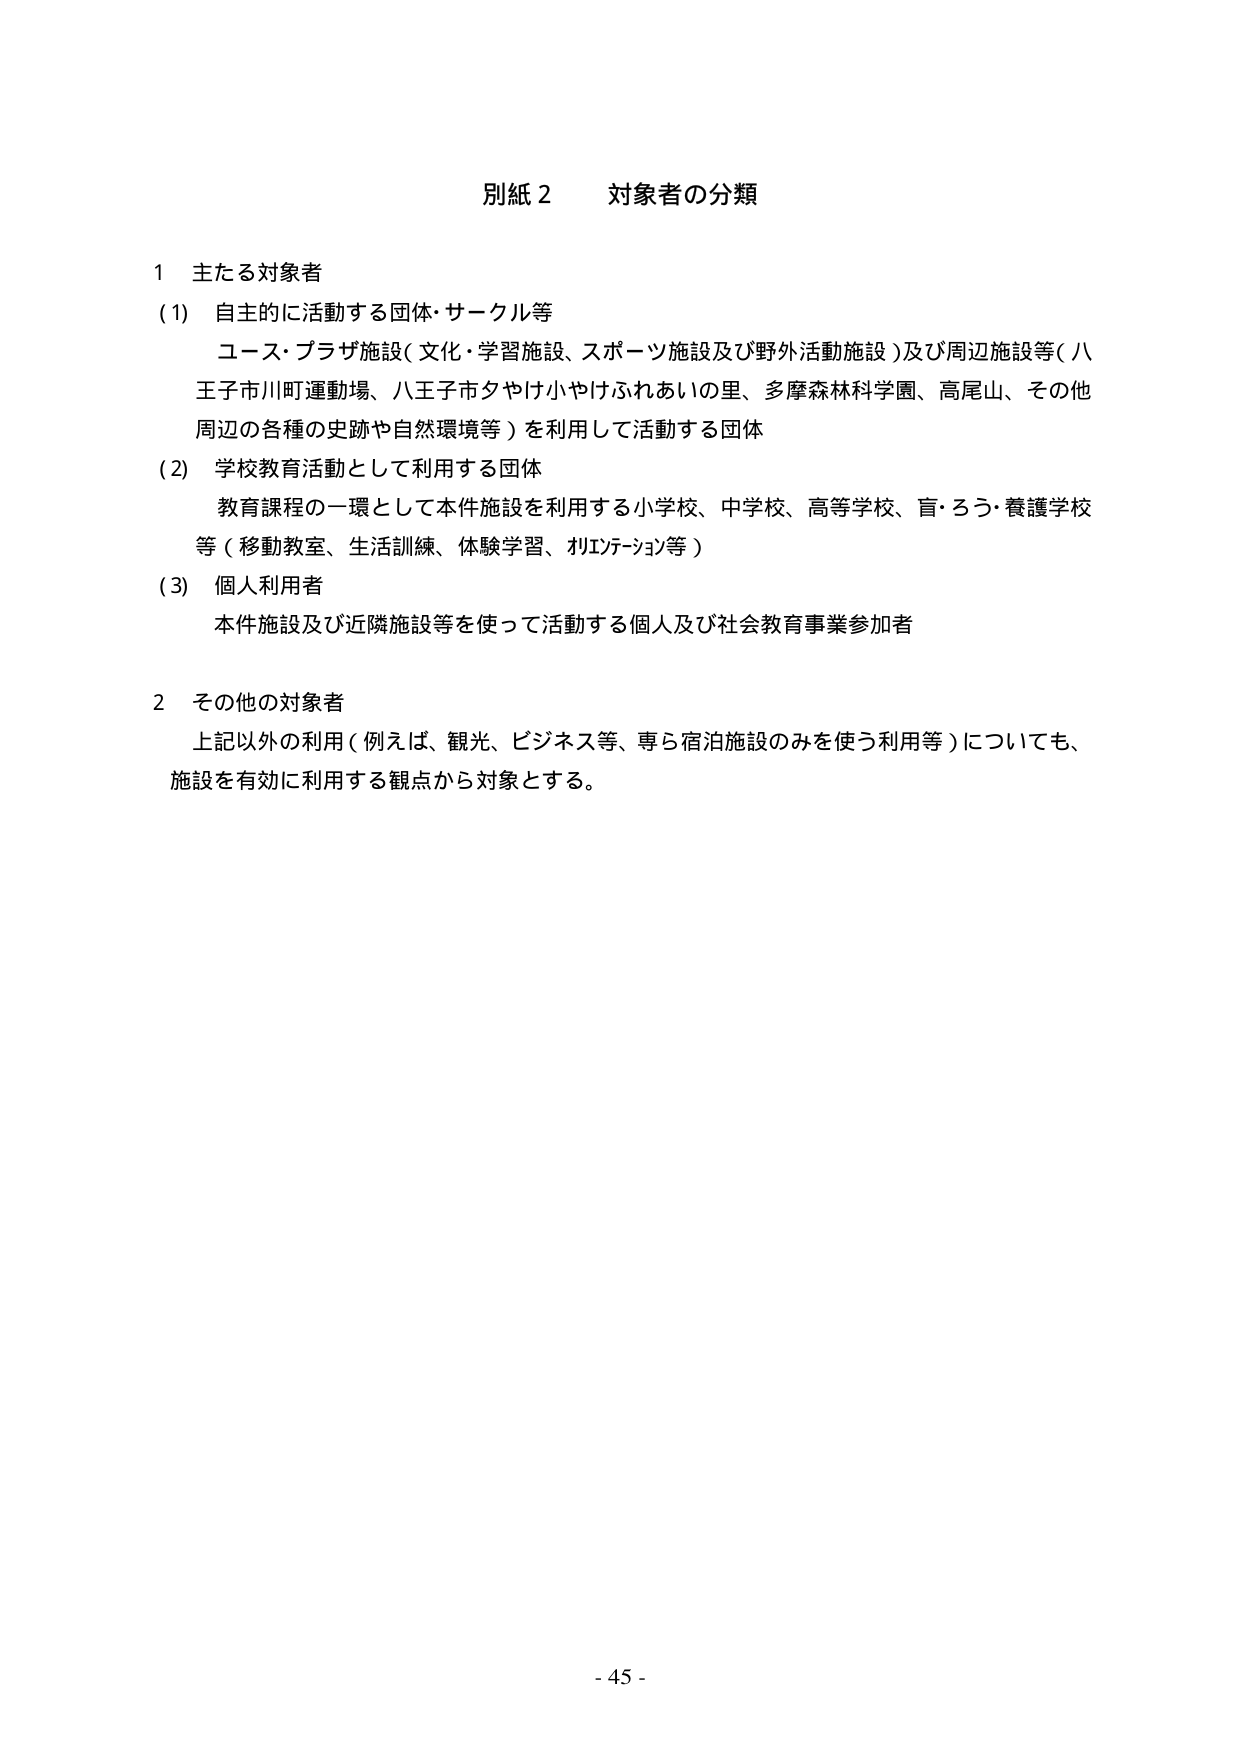
別紙２　対象者の分類

１　主たる対象者
（1）　自主的に活動する団体・サークル等
　　　ユース・プラザ施設（文化・学習施設、スポーツ施設及び野外活動施設）及び周辺施設等（八王子市川町運動場、八王子市夕やけ小やけふれあいの里、多摩森林科学園、高尾山、その他周辺の各種の史跡や自然環境等）を利用して活動する団体
（2）　学校教育活動として利用する団体
　　　教育課程の一環として本件施設を利用する小学校、中学校、高等学校、盲・ろう・養護学校等（移動教室、生活訓練、体験学習、リエンゲージョン等）
（3）　個人利用者
　　　本件施設及び近隣施設等を使って活動する個人及び社会教育事業参加者

２　その他の対象者
　　　上記以外の利用（例えば、観光、ビジネス等、専ら宿泊施設のみを使う利用等）についても、施設を有効に利用する観点から対象とする。

- 45 -